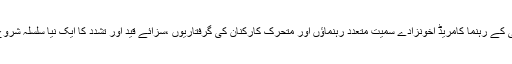
پارٹی کے رہنما کامریڈ اخونزادے سمیت متعدد رہنماؤں اور متحرک کارکنان کی گرفتاریوں ،سزائے قید اور تشدد کا ایک نیا سلسلہ شروع ہوا۔